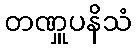
တဏှူပနိသံ